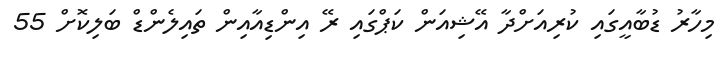
މިހާރު ޑުބާއީގައި ކުރިއަށްދާ އޭޝިއަން ކަޕްގައި ރޭ އިންޑިއާއިން ތައިލެންޑް ބަލިކޮށް 55